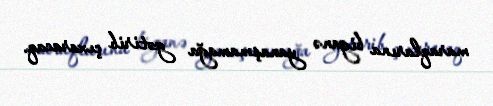
maraqlarına biganə yanaşmamağa gətirib çıxaracaq.